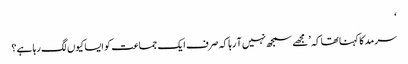
‘
سرمد کا کہنا تھا کہ ’مجھے سمجھ نہیں آ رہا کہ صرف ایک جماعت کو ایسا کیوں لگ رہا ہے؟